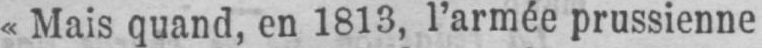
«Mais quand, en 1813, l’armée prussienne